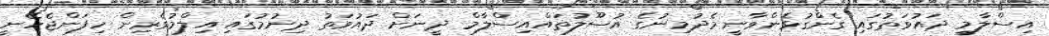
އިސްލާމީ ދައުވަތުގައި ގެންގުޅެންވާނީ މެދުމިނުގެ އުސޫލުތައްއިސްލާމް ދީނަށް ދައުވަތު ދިނުމުގައި އިލްމުވެރިން ހިފަންޖެހޭނީ